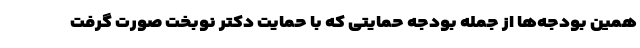
همین بودجه‌ها از جمله بودجه حمایتی که با حمایت دکتر نوبخت صورت گرفت